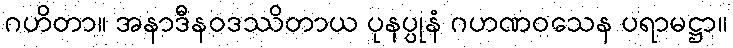
ဂဟိတာ။ အနာဒီနဝဒဿိတာယ ပုနပ္ပုနံ ဂဟဏဝသေန ပရာမဋ္ဌာ။